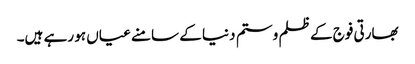
بھارتی فوج کے ظلم و ستم دنیا کے سامنے عیاں ہو رہے ہیں۔